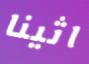
اثينا